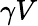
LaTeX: \gamma V